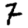
Digit: 7